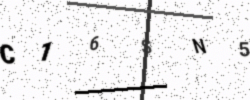
Text: C16SN5